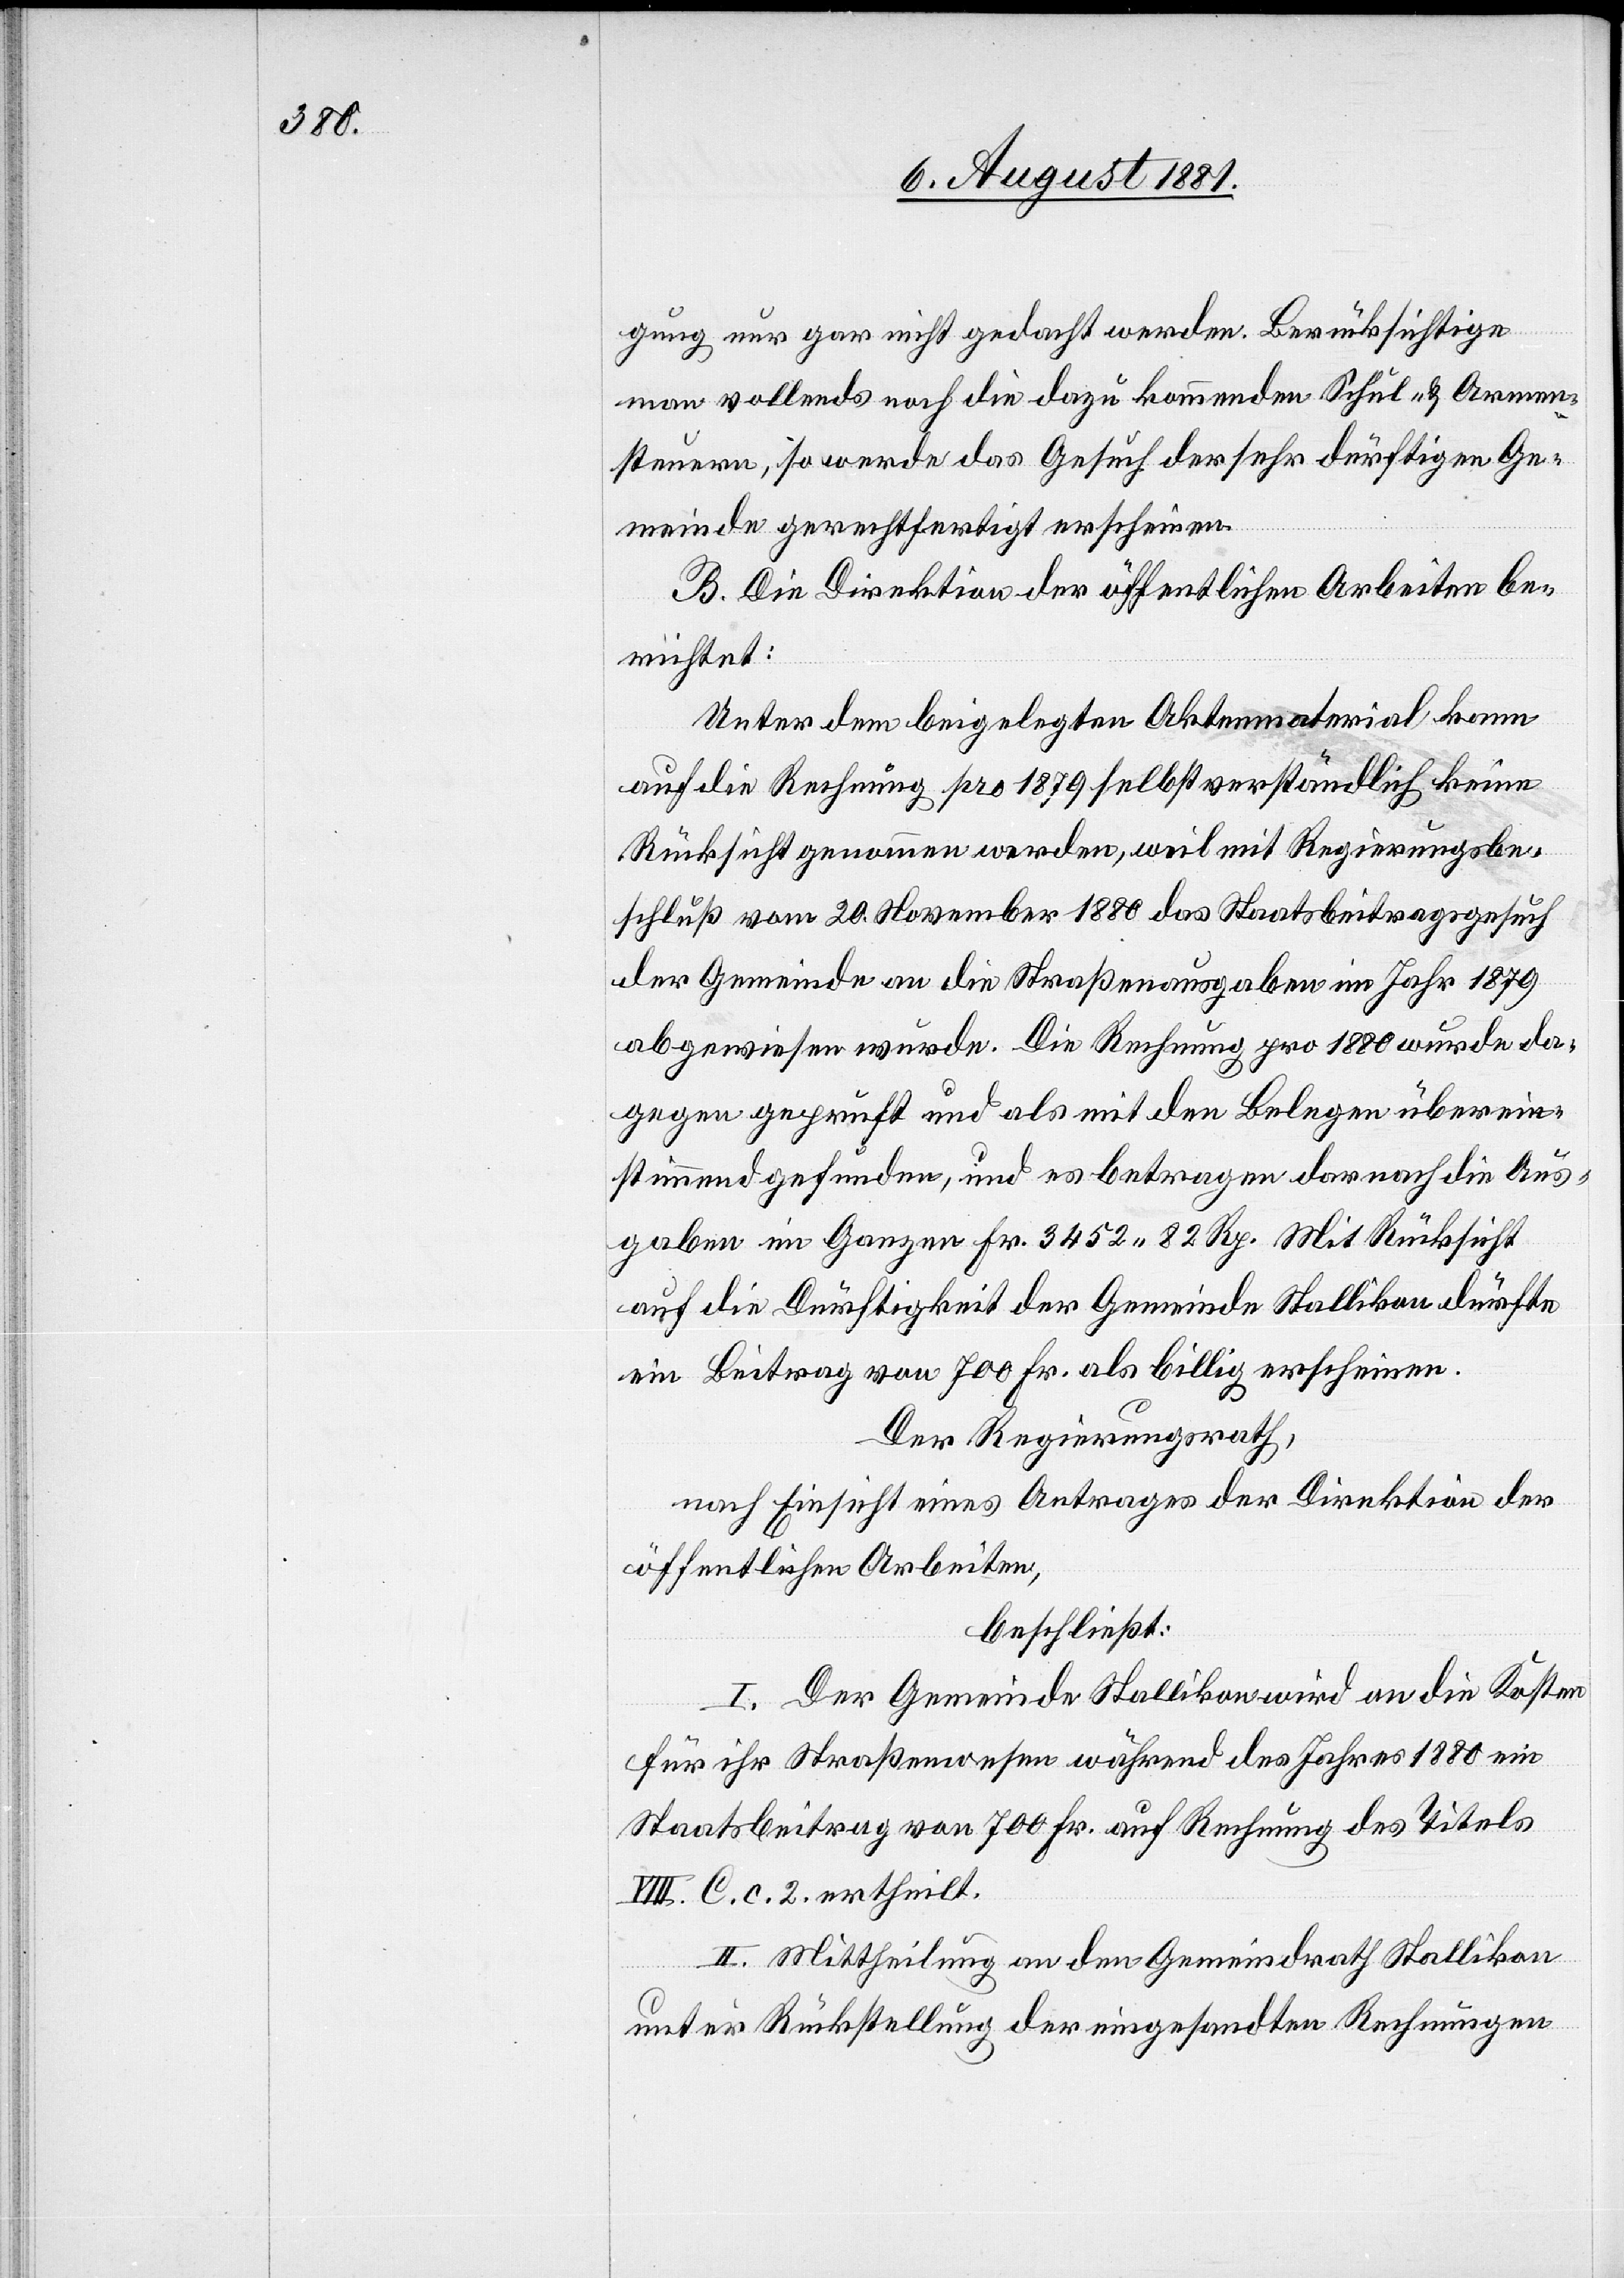
gung nur gar nicht gedacht werden. Berücksichtige
man vollends noch die dazu kommenden Schul- & Armen¬
steuern, so werde das Gesuch der sehr dürftigen Ge¬
meinde gerechtfertigt erscheinen.
B. Die Direktion der öffentlichen Arbeiten be¬
richtet:
Unter dem beigelegten Aktenmaterial kann
auf die Rechnung pro 1879 selbstverständlich keine
Rücksicht genommen werden, weil mit Regierungsbe¬
schluß vom 20. November 1880 das Staatsbeitragsgesuch
der Gemeinde an die Straßenausgaben im Jahr 1879
abgewiesen wurde. Die Rechnung pro 1880 wurde da¬
gegen geprüft und als mit den Belegen überein¬
stimmend gefunden, und es betragen darnach die Aus¬
gaben im Ganzen Fr. 3452 82 Rp. Mit Rücksicht
auf die Dürftigkeit der Gemeinde Stallikon dürfte
ein Beitrag von 700 Fr. als billig erscheinen.
Der Regierungsrath,
nach Einsicht eines Antrages der Direktion der
öffentlichen Arbeiten,
beschließt:
I. Der Gemeinde Stallikon wird an die Kosten
für ihr Straßenwesen während des Jahres 1880 ein
Staatsbeitrag von 700 Fr. auf Rechnung des Titels
VIII. C. c. 2 ertheilt.
II. Mittheilung an den Gemeindrath Stallikon
unter Rückstellung der eingesandten Rechnungen